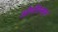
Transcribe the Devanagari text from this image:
ओपॉस्सम